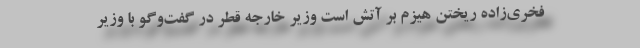
فخری‌زاده ریختن هیزم بر آتش است وزیر خارجه قطر در گفت‌وگو با وزیر